Civil Veterinary Department. United Provinces 1923-31 - 1923-1931
Year: 1923
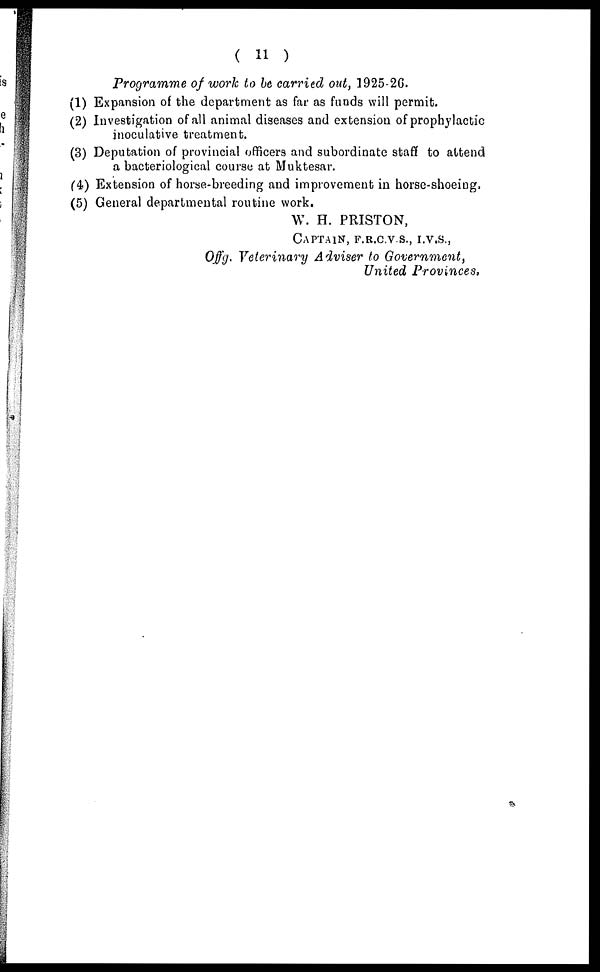
( 11 )
Programme of work to be carried out, 1925-26.
(1) Expansion of the department as far as funds will permit.
(2) Investigation of all animal diseases and extension of prophylactic
inoculative treatment.
(3) Deputation of provincial officers and subordinate staff to attend
a bacteriological course at Muktesar.
(4) Extension of horse-breeding and improvement in horse-shoeing,
(5) General departmental routine work.
W. H. PRISTON,
CAPTAIN , F.R.C.V.S., I.V.S.,
Offg. Veterinary Adviser to Government,
United Provinces.